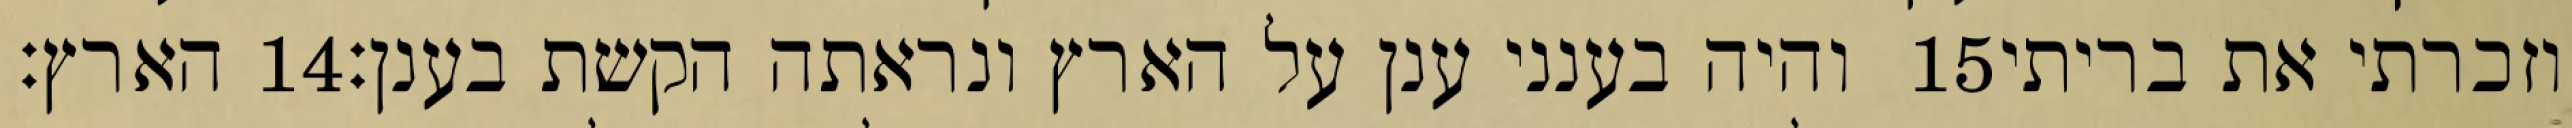
הארץ׃ ‎14‏ והיה בענני ענן על הארץ ונראתה הקשת בענן׃ ‎15‏ וזכרתי את בריתי